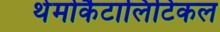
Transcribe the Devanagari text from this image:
थेर्मोकैटालिटिकल